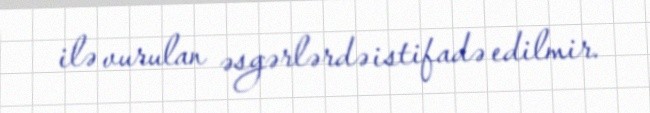
ilə vurulan əsgərlərdə istifadə edilmir.